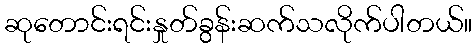
ဆုတောင်းရင်းနှုတ်ခွန်းဆက်သလိုက်ပါတယ်။